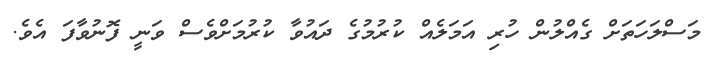
މަސްލަހަތަށް ގެއްލުން ހުރި އަމަލެއް ކުރުމުގެ ދައުވާ ކުރުމަށްވެސް ވަނީ ފޮނުވާފަ އެވެ.